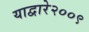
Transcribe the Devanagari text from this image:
याद्वारे२००९